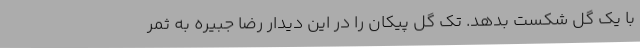
با یک گل شکست بدهد. تک گل پیکان را در این دیدار رضا جبیره به ثمر